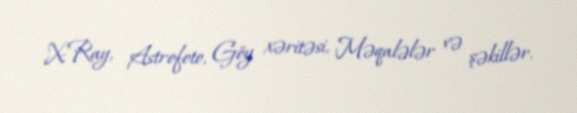
X-Ray, Astrofoto, Göy xəritəsi, Məqalələr və şəkillər.